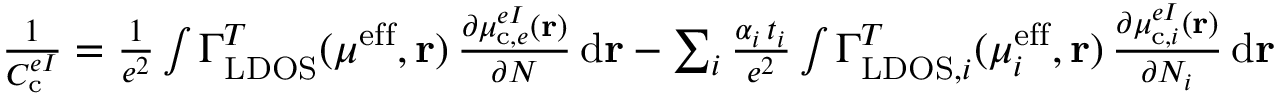
\begin{array} { r } { \frac { 1 } { C _ { \mathrm { c } } ^ { e I } } = \frac { 1 } { e ^ { 2 } } \int \Gamma _ { \mathrm { L D O S } } ^ { T } ( \mu ^ { \mathrm { e f f } } , \mathbf { r } ) \, \frac { \partial \mu _ { \mathrm { c } , e } ^ { e I } ( \mathbf { r } ) } { \partial N } \, \mathrm { d } \mathbf { r } - \sum _ { i } \frac { \alpha _ { i } \, t _ { i } } { e ^ { 2 } } \int \Gamma _ { \mathrm { L D O S } , i } ^ { T } ( \mu _ { i } ^ { \mathrm { e f f } } , \mathbf { r } ) \, \frac { \partial \mu _ { \mathrm { c } , i } ^ { e I } ( \mathbf { r } ) } { \partial N _ { i } } \, \mathrm { d } \mathbf { r } } \end{array}